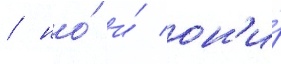
/ но́ и́ он'и́